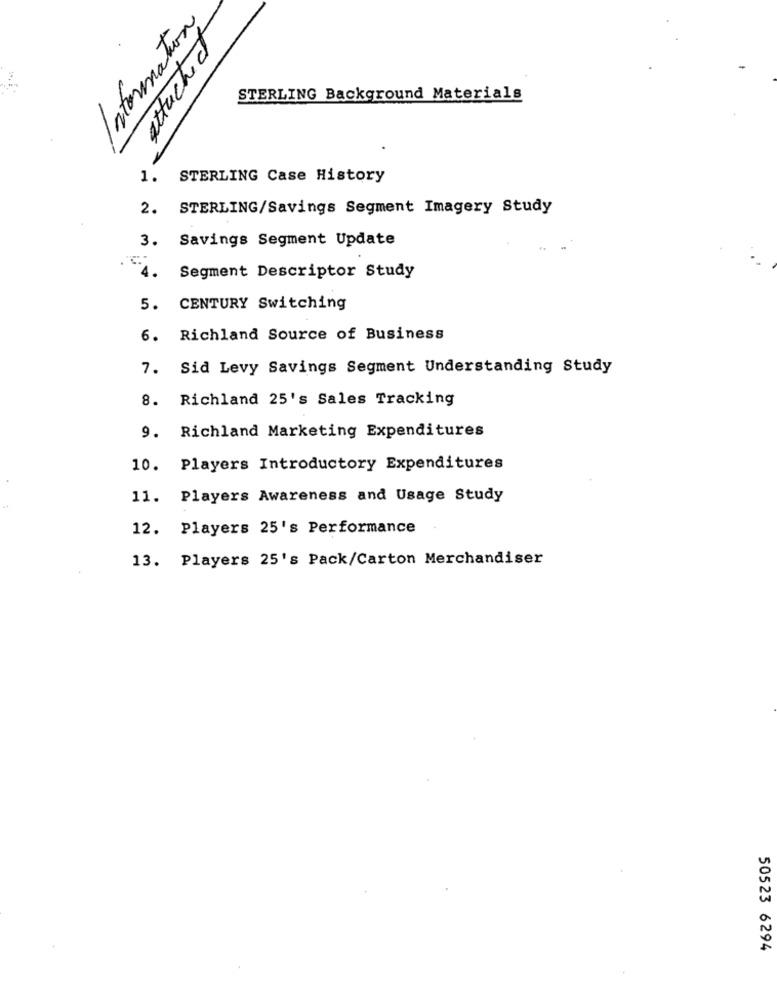
attached
Information
STERLING Background Materials
1. STERLING Case History
2. STERLING/Savings Segment Imagery Study
Savings Segment Update
3.
4.
Segment Descriptor Study
5. CENTURY Switching
6. Richland Source of Business
7. Sid Levy Savings Segment Understanding Study
8. Richland 25's Sales Tracking
9. Richland Marketing Expenditures
10. Players Introductory Expenditures
11.
Players Awareness and Usage Study
12.
Players 25's Performance
13. Players 25's Pack/Carton Merchandiser
50523 6294